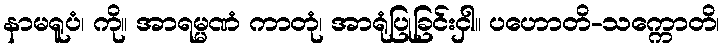
နာမရူပံ၊ ကို။ အာရမ္မဏံ ကာတုံ၊ အာရုံပြုခြင်းငှါ။ ပဟောတိ-သက္ကောတိ၊